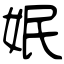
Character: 姄